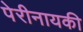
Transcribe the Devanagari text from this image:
पेरीनायकी